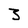
Character: 3